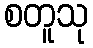
စတူသု